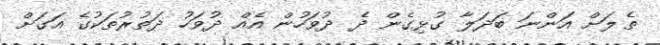
ތެލަށް އަންނަ ބަދަލާ ގުޅިގެން ދެ ދުވަހުން އެއް ދުވަހު ދަތުރުތަކުގެ އަގަށް